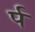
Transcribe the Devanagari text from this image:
र्प